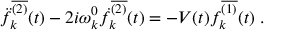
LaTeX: \ddot { f } _ { k } ^ { \overline { { { ( 2 ) } } } } ( t ) - 2 i \omega _ { k } ^ { 0 } \dot { f } _ { k } ^ { \overline { { { ( 2 ) } } } } ( t ) = - V ( t ) f _ { k } ^ { \overline { { { ( 1 ) } } } } ( t ) \; .